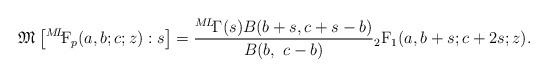
LaTeX: \begin{align*} \mathfrak{M} \left[{}^{M\!L\!\!}\textrm{F}_{p}(a,b;c;z):s\right]= \frac{{}^{M\!L\!}\Gamma(s)B(b+s,c+s-b)}{B(b,\ c-b)} {}_{2}\textrm{F}_{1}(a,b+s;c+2s;z).\end{align*}